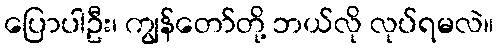
ပြောပါဦး၊ ကျွန်တော်တို့ ဘယ်လို လုပ်ရမလဲ။